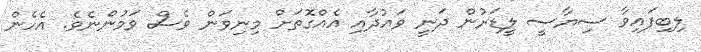
ލިބިފައިވާ ސިޔާސީ ލީޑަރުން ދަނީ ވައުދާއި އެއްގޮތަށް މިނިވަން ވެސް ވަމުންނެވެ. އެހެން